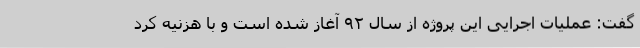
گفت: عملیات اجرایی این پروژه از سال ۹۲ آغاز شده است و با هزنیه کرد